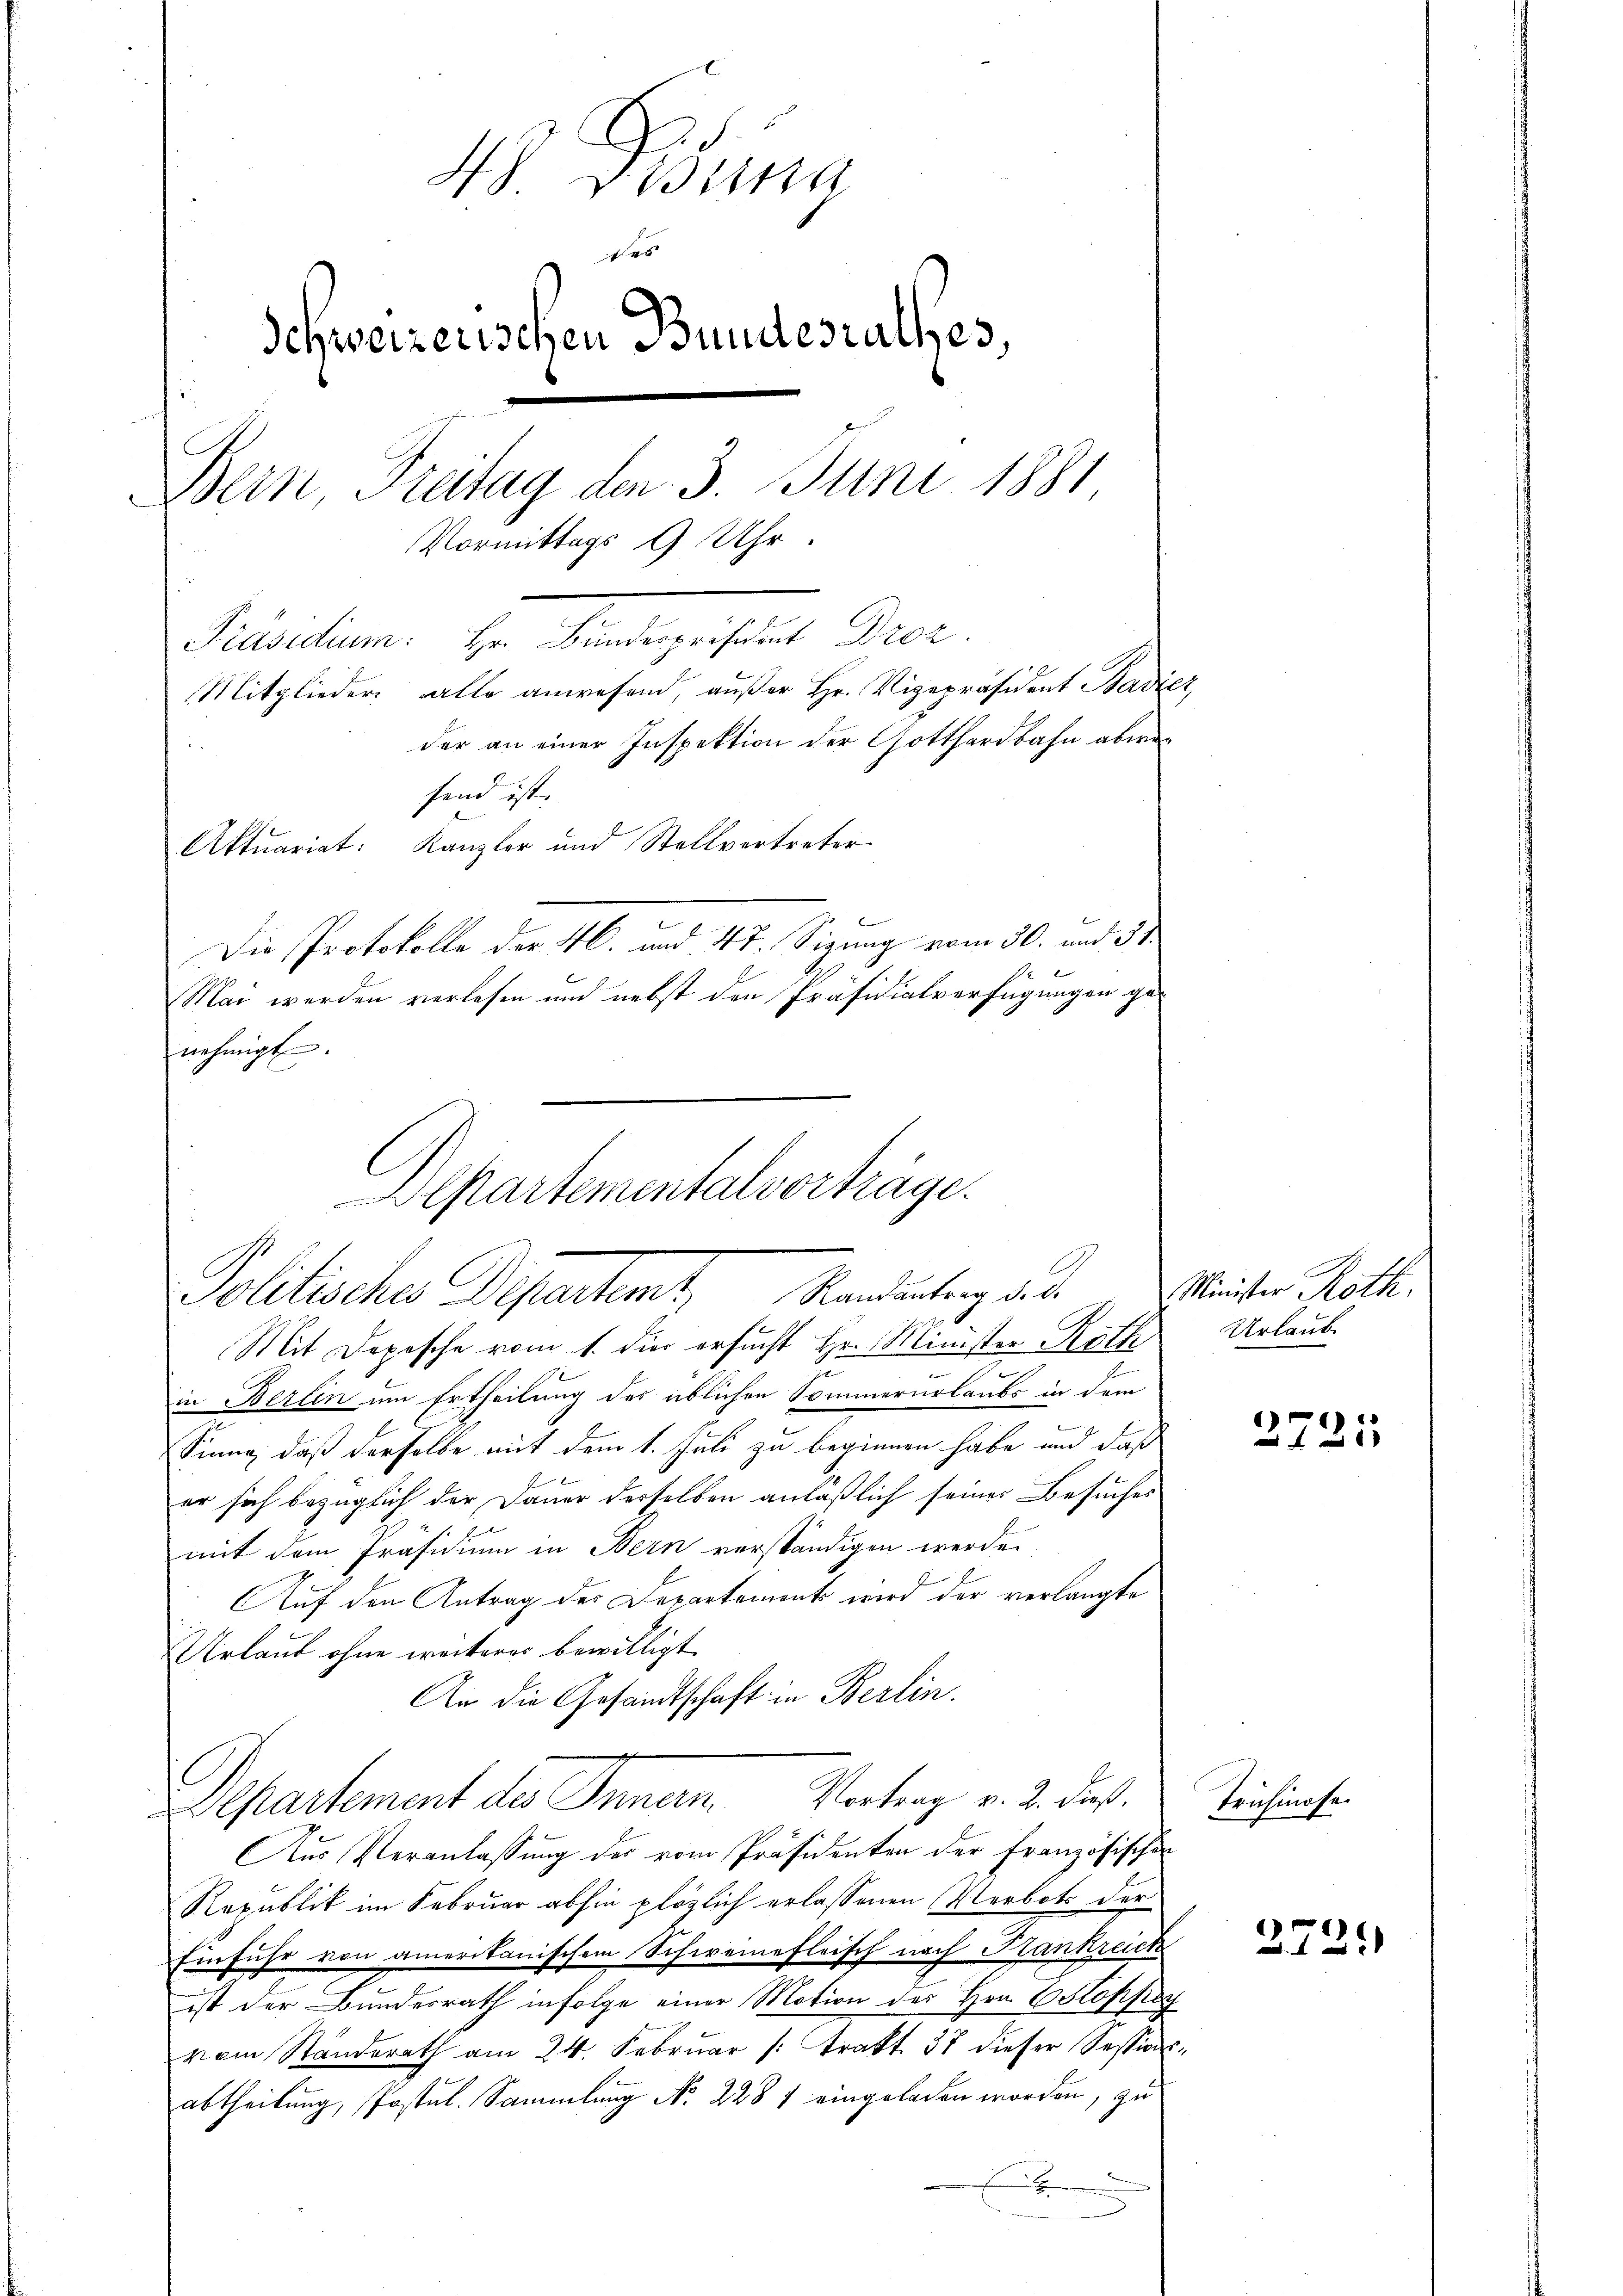
48 Diding
es
Schweizerischen Bundesrathes,
Bern, Freitag den 3. Juni 1881
Vormittags 9 Uhr.
Präsidium: Hr. Bundespräsident Dr.
Mitglieder alle anwesend, außer Hr. Vizepräsident Badier
der an einer Inspektion der Gotthardbahn abwa
fend ist
Aktuariat: Kanzler und Stellvertreter
Die Protokolle der 4. und 47. Sizung vom 30. und 31.

nehmigt.

Mai werden verlesen und nebst den Präsidialverfügungen ge¬

Separtemental vorträge.

Pollische Departent. Mandeutung des
Mit Depesche vom 1. dies ersucht Hr. Minister Rath
.
in Berlin um Ertheilung des üblichen Sommerurlaubs in dem
.
Sinne, daß derselbe mit dem 1. Juli zu beginnen habe und daß
er sich bezüglich der Dauer derselben anläßlich seiner Besuches
mit dem Präsidium in Bern verständigen werde.
Auf den Antrag des Departements wird der verlangte
Urlaut ohne weiteres bewilligt.
An die Gesandtschaft in Berlin.
Departement der Innern. Vortrag v. 2. des
Aus Veranlassung des vom Präsidenten der Französischen
Republik im Februar abhin plözlich erlassenen Verbots der
Einfuhr von amerikanischem Schweinefleisch nach Hankreich
ist der Bundesrath infolge einer Motion des Hrn. C. Stoppe
vom Standerath am 24. Februar /: Trakt. 37 dieser Sessionsabtheilung, Postul. Sammlung No. 228 f eingeladen worden, zu

Minister Roth.
Urlaub

2721

Trüchinose.

2721